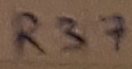
Text: R37